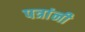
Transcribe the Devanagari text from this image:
पत्रांनी